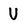
Character: V